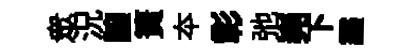
衆況譲簣夲彰弛嶤下霾